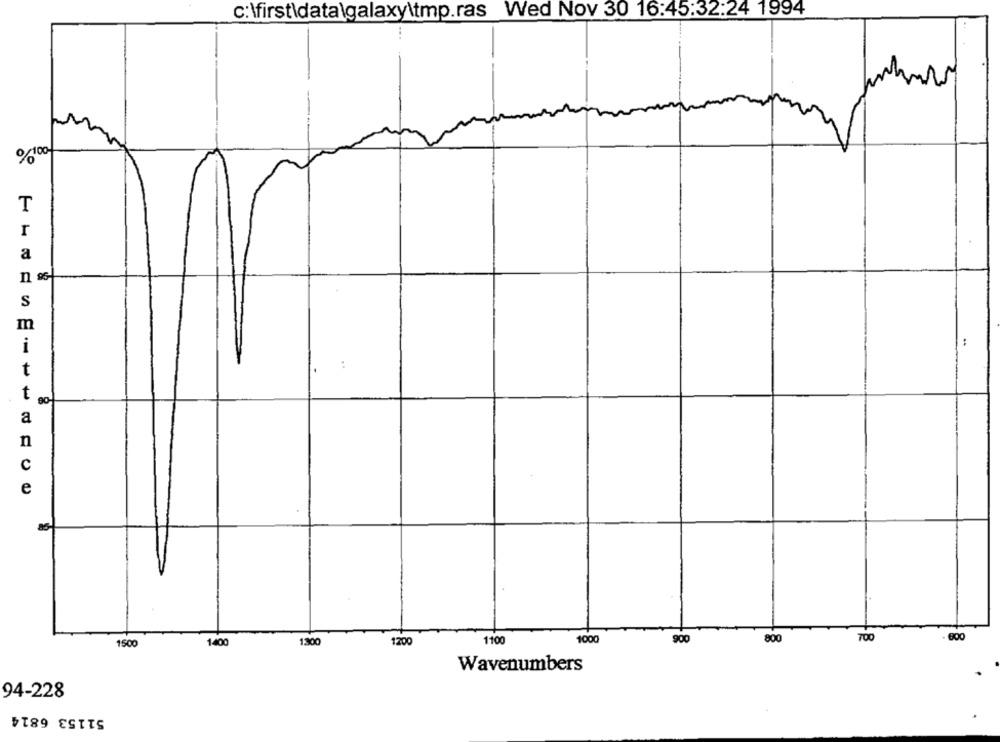
c:\first\data\galaxy\tmp.ras Wed Nov 30 16:45:32:24 1994
%100
T
r
a
S
m
i
t
t
90-
a
n
C
e
1000
900
800
700
800
1500
1400
1.300
1200
1100
Wavenumbers
94-228
51153 6814